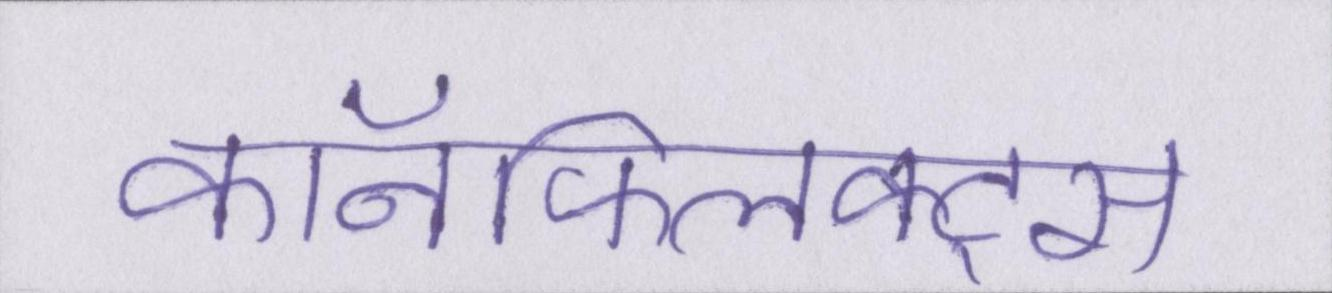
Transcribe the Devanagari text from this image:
कॉनफ्लिक्ट्स